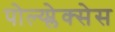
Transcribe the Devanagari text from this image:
पोल्य्प्लेक्सेस